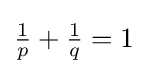
{\tfrac {1}{p}}+{\tfrac {1}{q}}=1